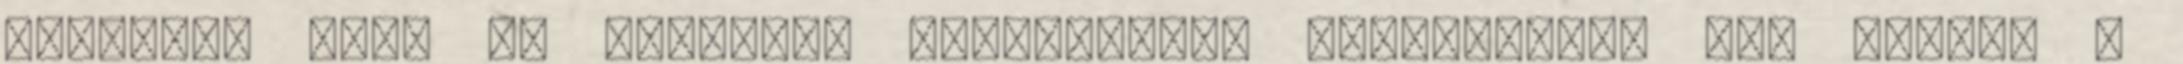
döntése, mert az Ügyrendi Bizottságot összehívtuk fél órával a